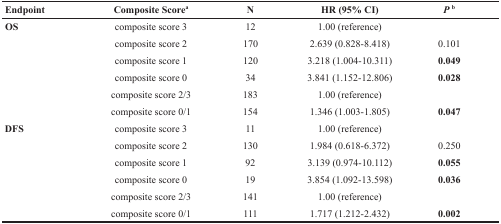
<table><thead><tr><td><b>Endpoint</b></td><td><b>Composite Score<sup>a</sup></b></td><td><b>N</b></td><td><b>HR (95% CI)</b></td><td><b><i>P</i><sup>b</sup></b></td></tr></thead><tbody><tr><td><b>OS</b></td><td>composite score 3</td><td>12</td><td>1.00 (reference)</td><td></td></tr><tr><td></td><td>composite score 2</td><td>170</td><td>2.639 (0.828-8.418)</td><td>0.101</td></tr><tr><td></td><td>composite score 1</td><td>120</td><td>3.218 (1.004-10.311)</td><td><b>0.049</b></td></tr><tr><td></td><td>composite score 0</td><td>34</td><td>3.841 (1.152-12.806)</td><td><b>0.028</b></td></tr><tr><td></td><td>composite score 2/3</td><td>183</td><td>1.00 (reference)</td><td></td></tr><tr><td></td><td>composite score 0/1</td><td>154</td><td>1.346 (1.003-1.805)</td><td><b>0.047</b></td></tr><tr><td><b>DFS</b></td><td>composite score 3</td><td>11</td><td>1.00 (reference)</td><td></td></tr><tr><td></td><td>composite score 2</td><td>130</td><td>1.984 (0.618-6.372)</td><td>0.250</td></tr><tr><td></td><td>composite score 1</td><td>92</td><td>3.139 (0.974-10.112)</td><td><b>0.055</b></td></tr><tr><td></td><td>composite score 0</td><td>19</td><td>3.854 (1.092-13.598)</td><td><b>0.036</b></td></tr><tr><td></td><td>composite score 2/3</td><td>141</td><td>1.00 (reference)</td><td></td></tr><tr><td></td><td>composite score 0/1</td><td>111</td><td>1.717 (1.212-2.432)</td><td><b>0.002</b></td></tr></tbody></table>